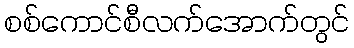
စစ်ကောင်စီလက်အောက်တွင်